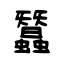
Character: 蠶